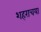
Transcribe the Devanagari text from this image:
शहराचया